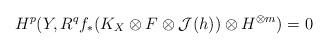
LaTeX: \begin{align*}H^p(Y, R^qf_*(K_X\otimes F\otimes \mathcal J(h))\otimes H^{\otimes m})=0\end{align*}